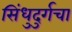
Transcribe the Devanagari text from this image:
सिंधुदुर्गचा